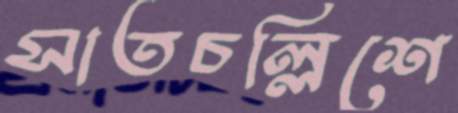
সাতচল্লিশে